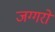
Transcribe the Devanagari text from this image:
जग्गरों